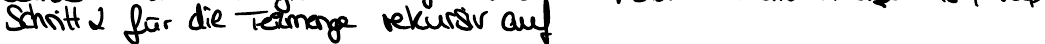
Schritt 2 für die Teilmenge rekursiv auf